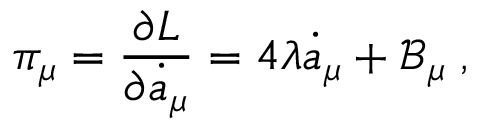
\pi _ { \mu } = \frac { \partial L } { \partial \dot { a } _ { \mu } } = 4 \lambda \dot { a } _ { \mu } + \mathcal { B } _ { \mu } \; ,